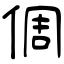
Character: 倜